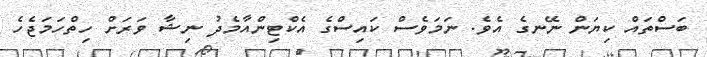
ބަސްތައް ކިޔަން ނޭނގެ އެވެ. ނަމަވެސް ކައިސްގެ އެކްޓިންއާމެދު ނިޝާ ވަރަށް ހިތްހަމަޖެހެ